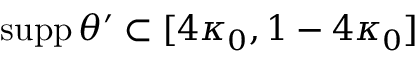
\mathrm { s u p p } \, \theta ^ { \prime } \subset [ 4 \kappa _ { 0 } , 1 - 4 \kappa _ { 0 } ]